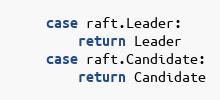
Language: Go
	case raft.Leader:
		return Leader
	case raft.Candidate:
		return Candidate